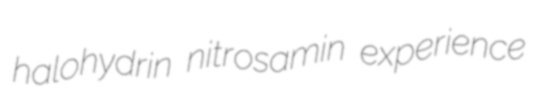
halohydrin nitrosamin experience